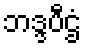
ဘဒ္ဒပီဌံ